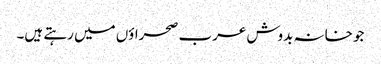
جو خانہ بدوش عرب صحراؤں میں رہتے ہیں۔